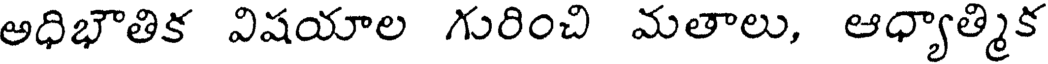
అధిభౌతిక విషయాల గురించి మతాలు, ఆధ్యాత్మిక